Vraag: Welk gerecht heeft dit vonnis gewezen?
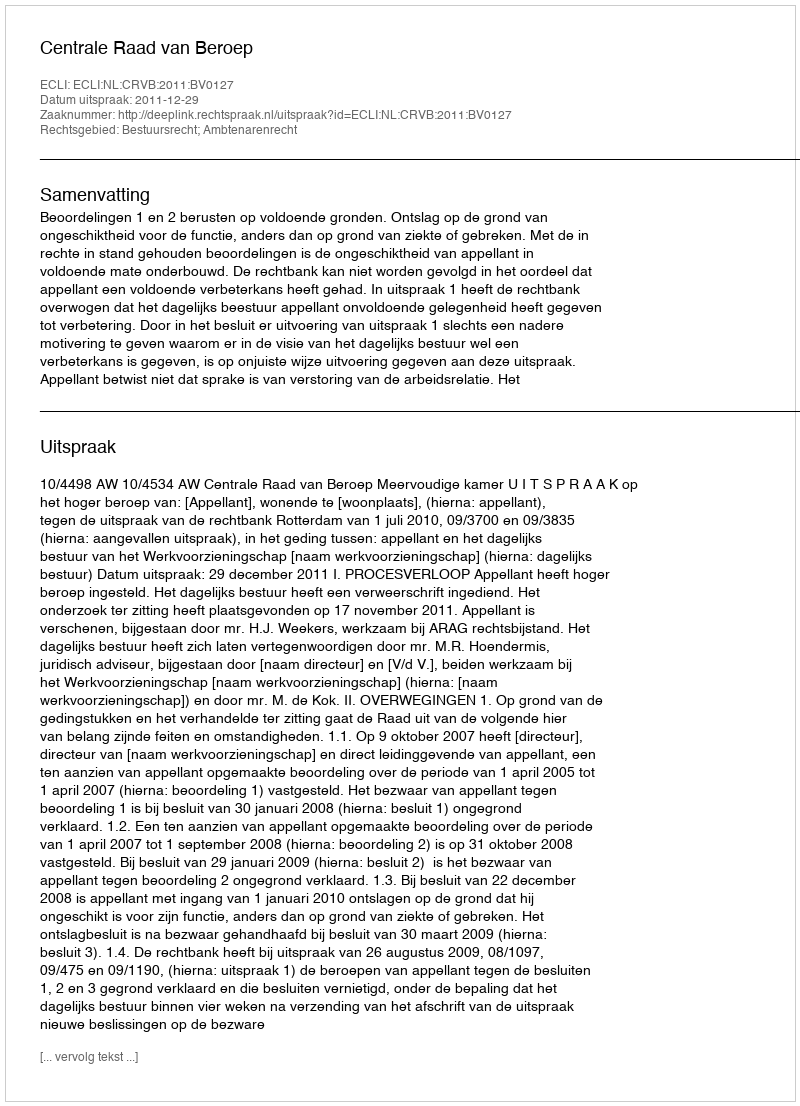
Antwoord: Centrale Raad van Beroep